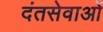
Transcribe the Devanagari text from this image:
दंतसेवाओं